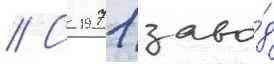
// С 1971 заво́д